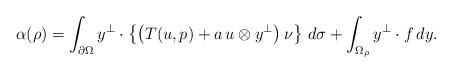
LaTeX: \begin{align*}\alpha(\rho)=\int_{\partial\Omega}y^\perp\cdot\left\{\left(T(u,p)+a\,u\otimes y^\perp\right)\nu\right\}\,d\sigma +\int_{\Omega_\rho} y^\perp\cdot f\,dy.\end{align*}